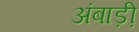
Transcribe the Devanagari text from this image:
अंबाड़ी़